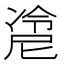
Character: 𰄇